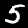
Digit: 5